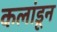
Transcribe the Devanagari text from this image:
कलांडून